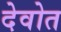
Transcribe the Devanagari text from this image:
देवोत